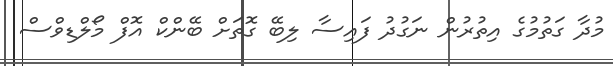
މުދާ ގަތުމުގެ އިތުރުން ނަގުދު ފައިސާ ލިބޭ ގޮތަށް ބޭންކް އޮފް މޯލްޑިވްސް